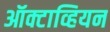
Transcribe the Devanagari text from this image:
ऑक्टाव्हियन